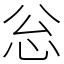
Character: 忩